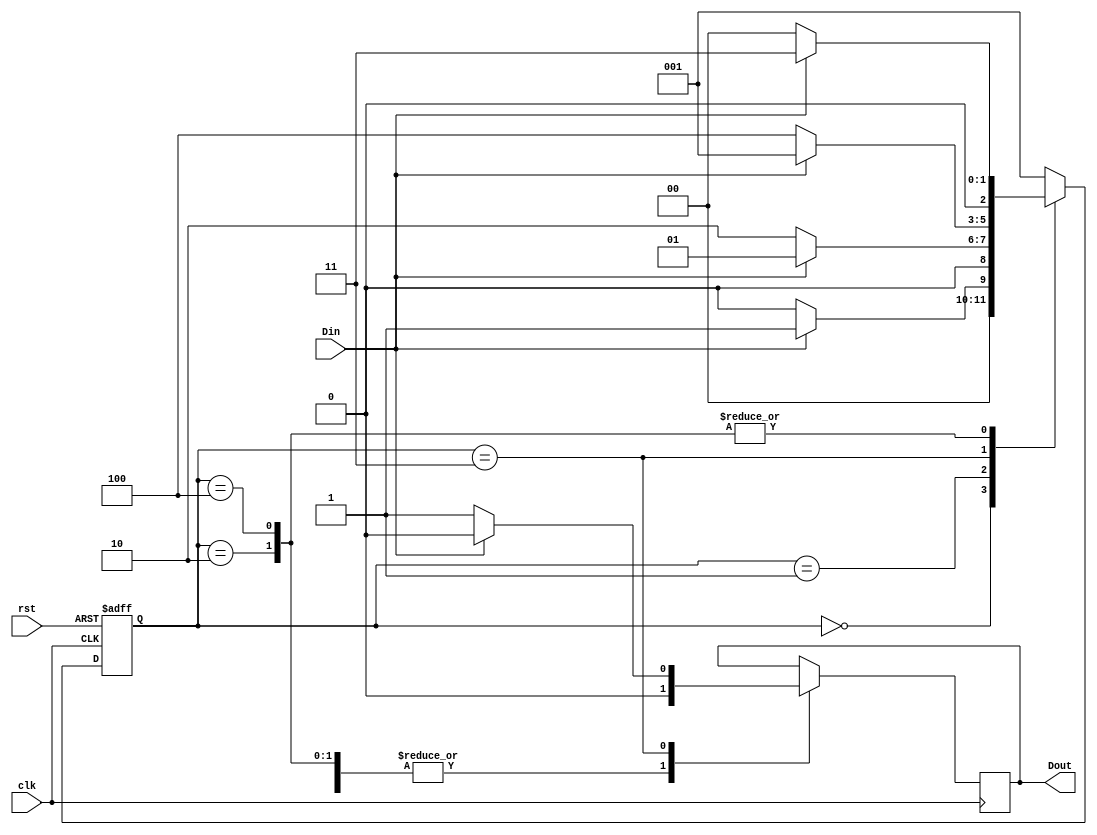
module melay(Din,Dout,clk,rst);
input Din,clk,rst;
output reg Dout;

reg [2:0] cur_state, nxt_state;

parameter s0=3'b000,s1=3'b001,s10=3'b010,s101 = 3'b011,s1010=3'b100;

always @(posedge clk, posedge rst)
begin
    if(rst)
        cur_state <= s1;
    else
    cur_state <= nxt_state;
end

always @(Din,cur_state)
begin
    case(cur_state)
    s0:  if(Din==0)
            nxt_state <= s0;
        else
            nxt_state <= s1;
    s1:  if(Din==1)
            nxt_state <= s1;
        else
            nxt_state <= s10;
    s10: if(Din==0)
            nxt_state <= s0;
        else
            nxt_state <= s101;
    s101:if(Din==1)
            nxt_state <= s1;
        else
            nxt_state <= s1010;
    s1010:if(Din==0)
            nxt_state <= s0;
        else
            nxt_state <= s101;
    default:nxt_state <= s1;
    endcase
end

always @(posedge clk)
begin
    case(cur_state)
    s0:  if(Din==0 || Din==1)
             Dout <= 0;
    s1:  if(Din ==0 || Din==1)
             Dout <= 0;
    s10: if(Din==0 || Din==1)
             Dout <= 0;
    s1010: if(Din==0 || Din==1)
             Dout <= 0;
    s101: if(Din==0)
             Dout <=1;
          else
             Dout <=0;
    endcase
end

endmodule